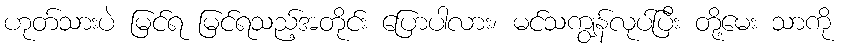
ဟုတ်သားပဲ မြင်ရ မြင်ရသည့်အတိုင်း ပြောပါလား၊ မင်သကျွန်လုပ်ပြီး တို့မေး သာကို